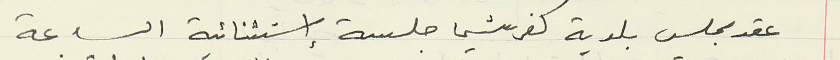
عقد مجلس بلدية كفرشيما جلسة إستثنائية الساعة